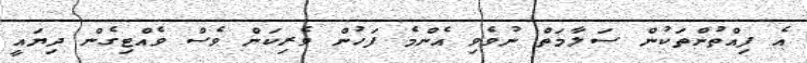
އެ ފިއްތުންތަކުން ސަލާމަތް ނުވެވި އެންމެ ފަހުން ވެރިކަން ވެސް ވެއްޓިގެން ދިޔައީ